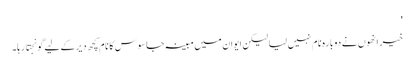
'
خیر انھوں نے دوبارہ نام نہیں لیا لیکن ایوان میں مبینہ جاسوس کا نام کچھ دیر کے لیے گونجتا رہا۔